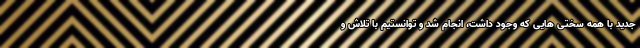
جدید با همه سختی هایی که وجود داشت، انجام شد و توانستیم با تلاش و